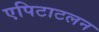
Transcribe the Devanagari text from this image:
एपिटाटलन